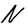
Character: N